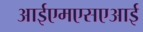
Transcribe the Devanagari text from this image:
आईएमएसएआई